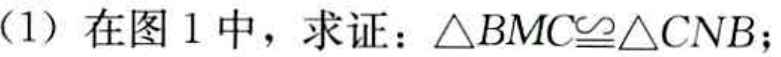
(1) 在图 1 中，求证：\(\triangle BMC\cong\triangle CNB\)；